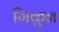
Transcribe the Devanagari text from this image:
गिकुन